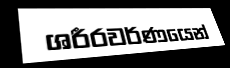
ශරීරවර්ණයෙන්